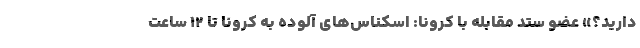
دارید؟» عضو ستد مقابله با کرونا: اسکناس‌های آلوده به کرونا تا ۱۲ ساعت